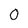
Character: 0